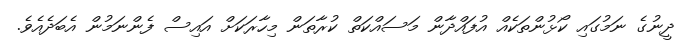
ދީނުގެ ނަމުގައި ކޯޅުންތަކެއް އުފައްދާން މަސައްކަތް ކުރާތަން މިހާރަކަށް އައިސް ފެންނަމުން އެބަދެއެވެ.